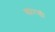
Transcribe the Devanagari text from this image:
क्यारखी